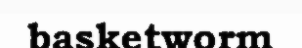
basketworm